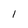
Character: 1